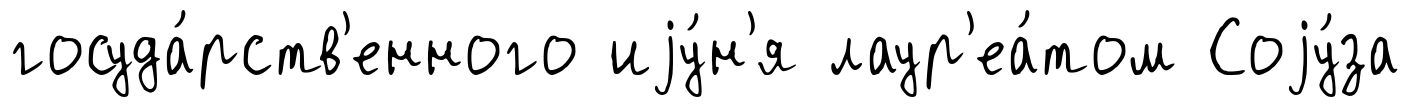
госуда́рств'енного иjу́н'я лаур'еа́том Соjу́за